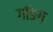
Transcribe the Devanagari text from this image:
गाँङग